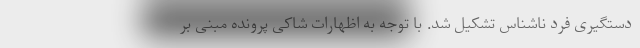
دستگیری فرد ناشناس تشکیل شد. با توجه به اظهارات شاکی پرونده مبنی بر